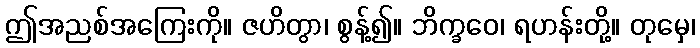
ဤအညစ်အကြေးကို။ ဇဟိတွာ၊ စွန့်၍။ ဘိက္ခဝေ၊ ရဟန်းတို့။ တုမှေ၊